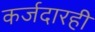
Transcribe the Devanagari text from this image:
कर्जदारही